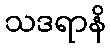
သဒရာနိ